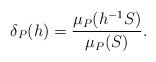
LaTeX: \begin{align*}\delta_P(h)=\frac{\mu_P(h^{-1}S)}{\mu_P(S)}.\end{align*}